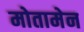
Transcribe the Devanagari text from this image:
मोतामेन